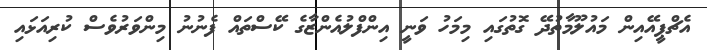
އެޗްޕީއޭއިން މައުލޫމާތުދޭ ގޮތުގައި މިމަހު ވަނީ އިންފްލުއެންޒާގެ ކޭސްތައް ފެނުނު މިންވަރުވެސް ކުރިއަޅައި